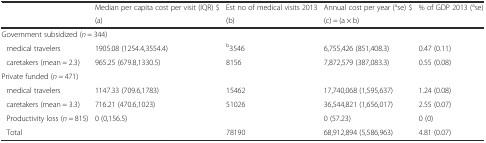
<table><thead><tr><td></td><td><b>Median per capita cost per visit (IQR) $</b></td><td><b>Est no of medical visits 2013</b></td><td><b>Annual cost per year (<sup>a</sup>se) $</b></td><td><b>% of GDP 2013 (<sup>a</sup>se)</b></td></tr><tr><td></td><td><b>(a)</b></td><td><b>(b)</b></td><td><b>(c) = (a × b)</b></td><td></td></tr></thead><tbody><tr><td colspan="2">Government subsidized (<i>n</i> = 344)</td><td></td><td></td><td></td></tr><tr><td>medical travelers</td><td>1905.08 (1254.4,3554.4)</td><td><sup>b</sup>3546</td><td>6,755,426 (851,408.3)</td><td>0.47 (0.11)</td></tr><tr><td>caretakers (mean = 2.3)</td><td>965.25 (679.8,1330.5)</td><td>8156</td><td>7,872,579 (387,083.3)</td><td>0.55 (0.08)</td></tr><tr><td>Private funded (<i>n</i> = 471)</td><td></td><td></td><td></td><td></td></tr><tr><td>medical travelers</td><td>1147.33 (709.6,1783)</td><td>15462</td><td>17,740,068 (1,595,637)</td><td>1.24 (0.08)</td></tr><tr><td>caretakers (mean = 3.3)</td><td>716.21 (470.6,1023)</td><td>51026</td><td>36,544,821 (1,656,017)</td><td>2.55 (0.07)</td></tr><tr><td>Productivity loss (<i>n</i> = 815)</td><td>0 (0,156.5)</td><td></td><td>0 (57.23)</td><td>0 (0)</td></tr><tr><td>Total</td><td></td><td>78190</td><td>68,912,894 (5,586,963)</td><td>4.81 (0.07)</td></tr></tbody></table>